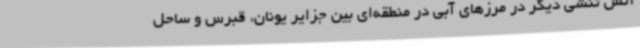
آتش تنشی دیگر در مرزهای آبی در منطقه‌ای بین جزایر یونان، قبرس و ساحل